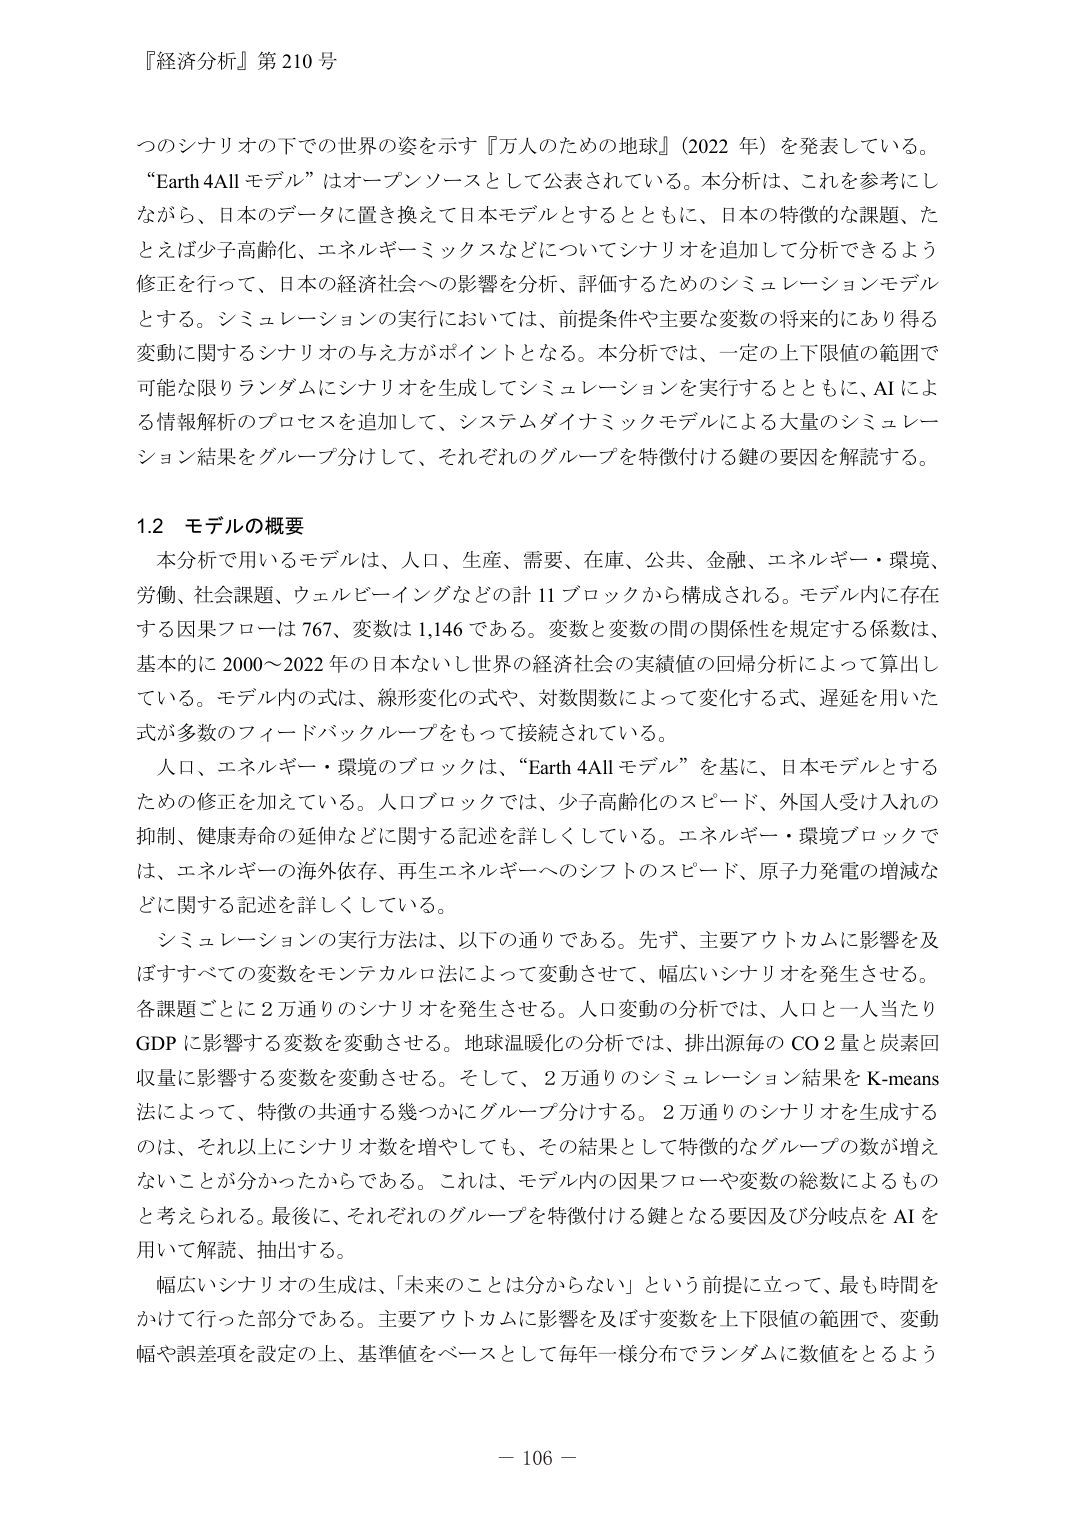
『経済分析』第210号

つのシナリオの下での世界の姿を示す『万人のための地球』（2022年）を発表している。
“Earth 4All モデル”はオープンソースとして公表されている。本分析は、これを参考にしながら、日本のデータに置き換えて日本モデルとするとともに、日本の特徴的な課題、たとえば少子高齢化、エネルギーミックスなどについてシナリオを追加して分析できるよう修正を行って、日本の経済社会への影響を分析、評価するためのシミュレーションモデルとする。シミュレーションの実行においては、前提条件や主要な変数の将来的にあり得る変動に関するシナリオの与え方がポイントとなる。本分析では、一定の上下限値の範囲で可能な限りランダムにシナリオを生成してシミュレーションを実行するとともに、AIによる情報解析のプロセスを追加して、システムダイナミックモデルによる大量のシミュレーション結果をグループ分けして、それぞれのグループを特徴付ける鍵の要因を解説する。

1.2 モデルの概要

本分析で用いるモデルは、人口、生産、需要、在庫、公共、金融、エネルギー・環境、労働、社会課題、ウェルビーイングなどの計11ブロックから構成される。モデル内に存在する因果フローは767、変数は1,146である。変数と変数の間の関係性を規定する係数は、基本的に2000～2022年の日本ないし世界の経済社会の実績値の回帰分析によって算出している。モデル内の式は、線形変化の式や、対数関数によって変化する式、遅延を用いた式が多数のフィードバックループをもって接続されている。

人口、エネルギー・環境のブロックは、“Earth 4All モデル”を基に、日本モデルとするための修正を加えている。人口ブロックでは、少子高齢化のスピード、外国人受け入れの抑制、健康寿命の延伸などに関する記述を詳しくしている。エネルギー・環境ブロックでは、エネルギーの海外依存、再生エネルギーへのシフトのスピード、原子力発電の増減などに関する記述を詳しくしている。

シミュレーションの実行方法は、以下の通りである。先ず、主要アウトカムに影響を及ぼすすべての変数をモンテカルロ法によって変動させて、幅広いシナリオを発生させる。各課題ごとに2万通りのシナリオを発生させる。人口変動の分析では、人口と一人当たりGDPに影響する変数を変動させる。地球温暖化の分析では、排出源毎のCO2量と炭素回収量に影響する変数を変動させる。そして、2万通りのシミュレーション結果をK-means法によって、特徴の共通する幾つかにグループ分けする。2万通りのシナリオを生成するのは、それ以上にシナリオ数を増やしても、その結果として特徴的なグループの数が増えないことが分かったからである。これは、モデル内の因果フローや変数の総数によるものと考えられる。最後に、それぞれのグループを特徴付ける鍵となる要因及び分岐点をAIを用いて解読、抽出する。

幅広いシナリオの生成は、「未来のことは分からない」という前提に立って、最も時間をかけて行った部分である。主要アウトカムに影響を及ぼす変数を上下限値の範囲で、変動幅や誤差項を設定の上、基準値をベースとして毎年一様分布でランダムに数値をとるよう

－ 106 －